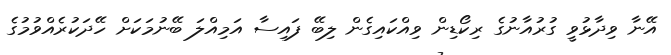
އޭނާ ވިދާޅުވީ ގުރުއާނުގެ ރިކޯޑިން ވިއްކައިގެން ލިބޭ ފައިސާ އަމިއްލަ ބޭނުމަކަށް ހޭދަކުރެއްވުމުގެ